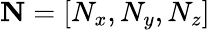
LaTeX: \mathbf{N}=[N_{x},N_{y},N_{z}]